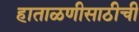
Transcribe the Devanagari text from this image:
हाताळणीसाठीची